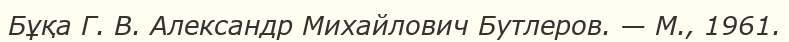
Бұқа Г. В. Александр Михайлович Бутлеров. — М., 1961.